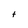
Character: t